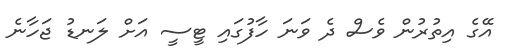
އޭގެ އިތުރުން ވެސް ދެ ވަނަ ހާފުގައި ޓީސީ އަށް ލަނޑު ޖަހާނެ